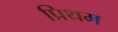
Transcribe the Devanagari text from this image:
प्रिथम